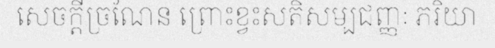
សេចក្តីច្រណែន ព្រោះខ្វះសតិសម្បជញ្ញៈ ភរិយា